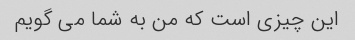
این چیزی است که من به شما می گویم